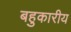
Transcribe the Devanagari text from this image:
बहुकारीय